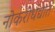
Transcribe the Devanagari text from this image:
नोकरीधंद्यात